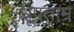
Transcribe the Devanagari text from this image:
धूपताम्र